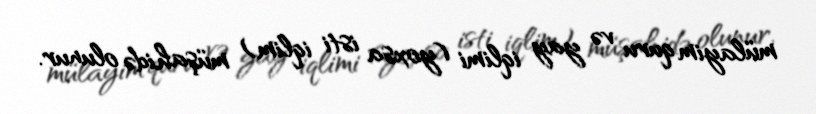
mülayim quru və yay iqlimi (yoxsa isti iqlim) müşahidə olunur.